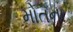
મોતના